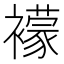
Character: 䙩